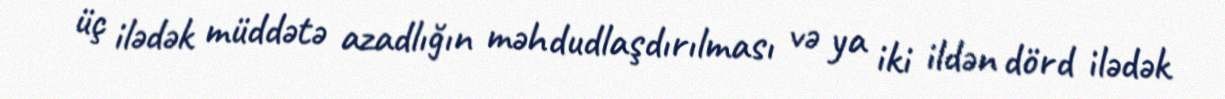
üç ilədək müddətə azadlığın məhdudlaşdırılması və ya iki ildən dörd ilədək